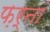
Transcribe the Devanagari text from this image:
फ़र्नां